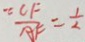
\because \frac { C F } { A F } = \frac { 1 } { 2 }